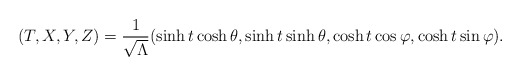
\begin{align*}(T,X,Y,Z)=\frac{1}{\sqrt{\Lambda}}(\sinh t\cosh\theta,\sinh t\sinh\theta, \cosh t\cos\varphi,\cosh t\sin\varphi). \end{align*}